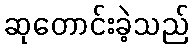
ဆုတောင်းခဲ့သည်